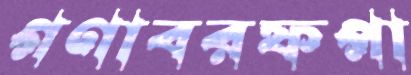
গণাবরফপা